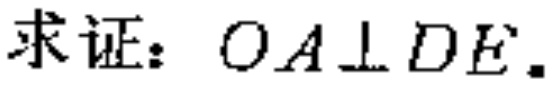
求证：$OA\perp DE$.